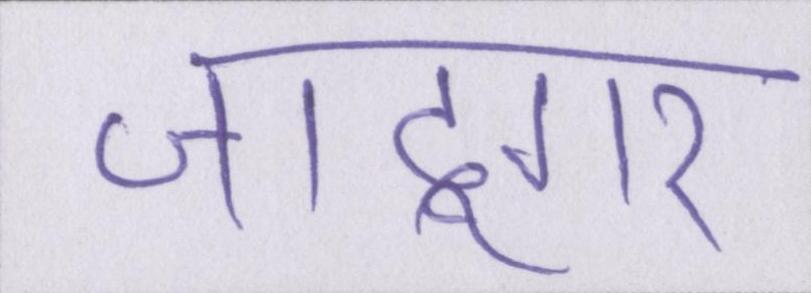
जादूगर